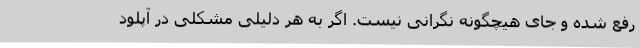
رفع شده و جای هیچگونه نگرانی نیست. اگر به هر دلیلی مشکلی در آپلود